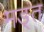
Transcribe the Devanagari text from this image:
मङ्त